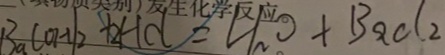
B a ( O H ) _ { 2 } + 2 H C l = H _ { 2 } O + B a C l _ { 2 }